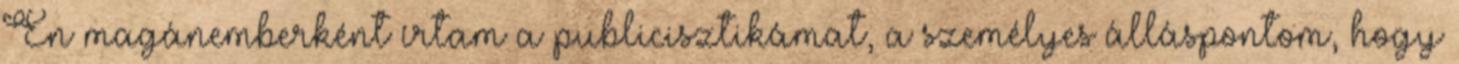
Én magánemberként írtam a publicisztikámat, a személyes álláspontom, hogy